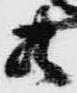
共